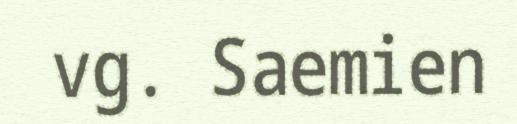
vg. Saemien